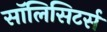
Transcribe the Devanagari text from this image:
सॉलिसिटर्स